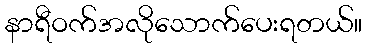
နာရီဝက်အလိုသောက်ပေးရတယ်။